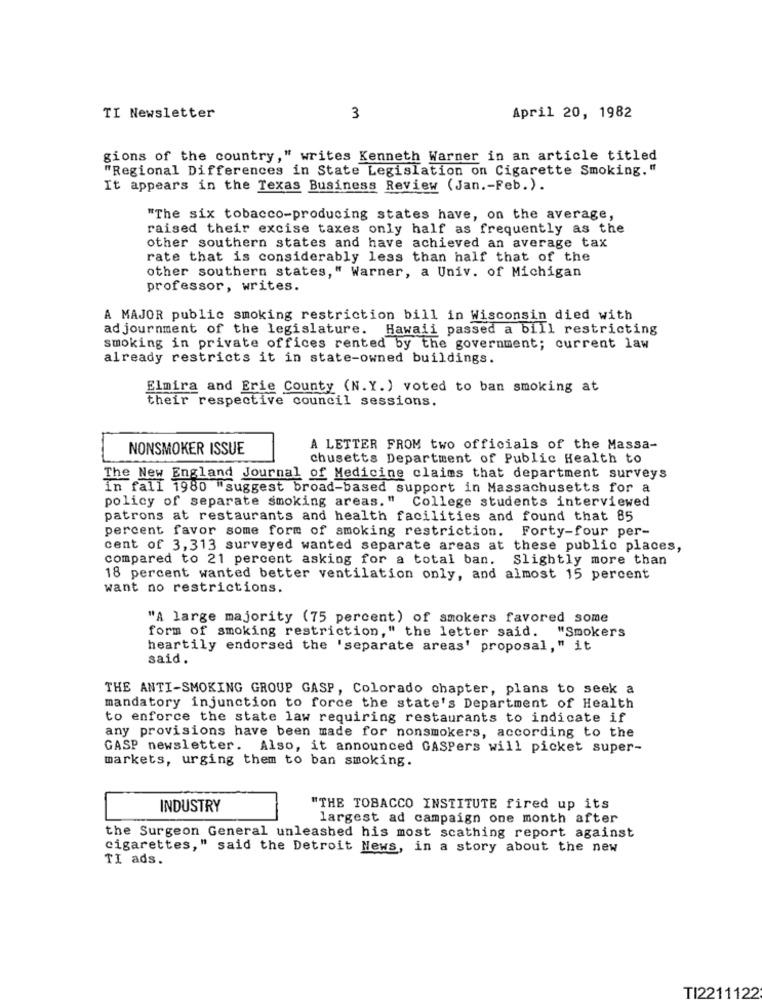
TI Newsletter
3
April 20, 1982
gions of the country," writes Kenneth Warner in an article titled
"Regional Differences in State Legislation on Cigarette Smoking."
It appears in the Texas Business Review (Jan .- Feb.).
"The six tobacco-producing states have, on the average,
raised their excise taxes only half as frequently as the
other southern states and have achieved an average tax
rate that is considerably less than half that of the
other southern states," Warner, a Univ. of Michigan
professor, writes.
A MAJOR public smoking restriction bill in Wisconsin died with
ad journment of the legislature. Hawaii passed a bill restricting
smoking in private offices rented by the government; current law
already restricts it in state-owned buildings.
Elmira and Erie County (N.Y.) voted to ban smoking at
their respective council sessions.
NONSMOKER ISSUE
A LETTER FROM two officials of the Massa-
chusetts Department of Public Health to
The New England Journal of Medicine claims that department surveys
in fall 1980 "suggest broad-based support in Massachusetts for a
policy of separate smoking areas." College students interviewed
patrons at restaurants and health facilities and found that 85
percent favor some form of smoking restriction. Forty-four per-
cent of 3,313 surveyed wanted separate areas at these public places,
compared to 21 percent asking for a total ban.
Slightly more than
18 percent wanted better ventilation only, and almost 15 percent
want no restrictions.
"A large majority (75 percent) of smokers favored some
form of smoking restriction," the letter said. "Smokers
heartily endorsed the 'separate areas' proposal," it
said.
THE ANTI-SMOKING GROUP GASP, Colorado chapter, plans to seek a
mandatory injunction to force the state's Department of Health
to enforce the state law requiring restaurants to indicate if
any provisions have been made for nonsmokers, according to the
GASP newsletter. Also, it announced GASPers will picket super-
markets, urging them to ban smoking.
INDUSTRY
"THE TOBACCO INSTITUTE fired up its
largest ad campaign one month after
the Surgeon General unleashed his most scathing report against
cigarettes," said the Detroit News, in a story about the new
TI ads.
TI2211122